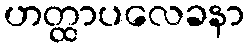
ဟတ္ထာပလေခနာ